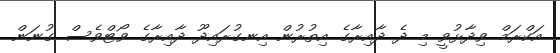
އަކްރަމް ވިދާޅުވީ މި ދެ ދާއިރާގެ އިތުރުން އިނގުރައިދޫ ދާއިރާގެ ވޯޓްވެސް ގުނަން